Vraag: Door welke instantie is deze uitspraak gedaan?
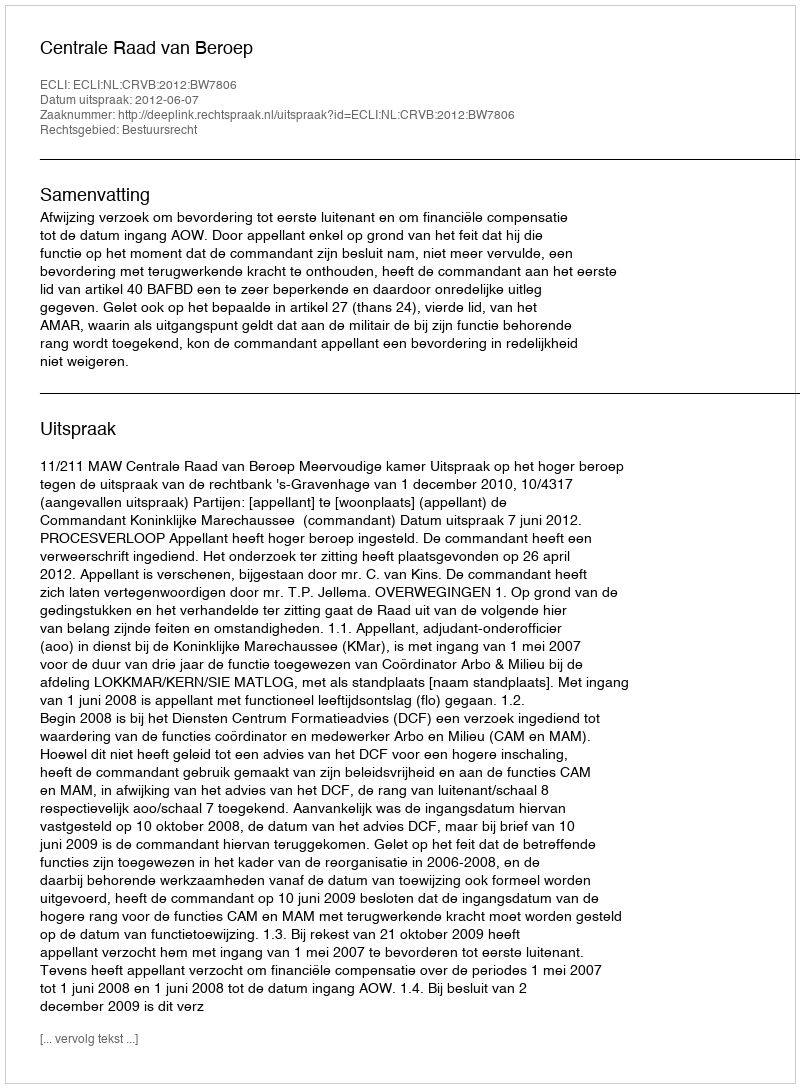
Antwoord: Centrale Raad van Beroep